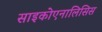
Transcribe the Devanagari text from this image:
साइकोएनालिसिस